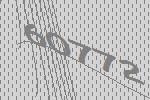
60772